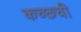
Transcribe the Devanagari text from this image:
कच्छची